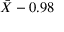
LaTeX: \! { \bar { X } } - 0 { . } 9 8